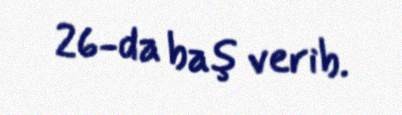
26-da baş verib.